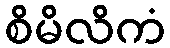
စိမိလိကံ